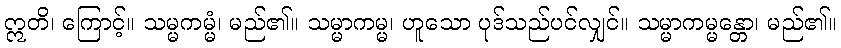
ဣတိ၊ ကြောင့်။ သမ္မကမ္မံ၊ မည်၏။ သမ္မာကမ္မ၊ ဟူသော ပုဒ်သည်ပင်လျှင်။ သမ္မာကမ္မန္တော၊ မည်၏။